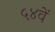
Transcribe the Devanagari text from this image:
५४वें